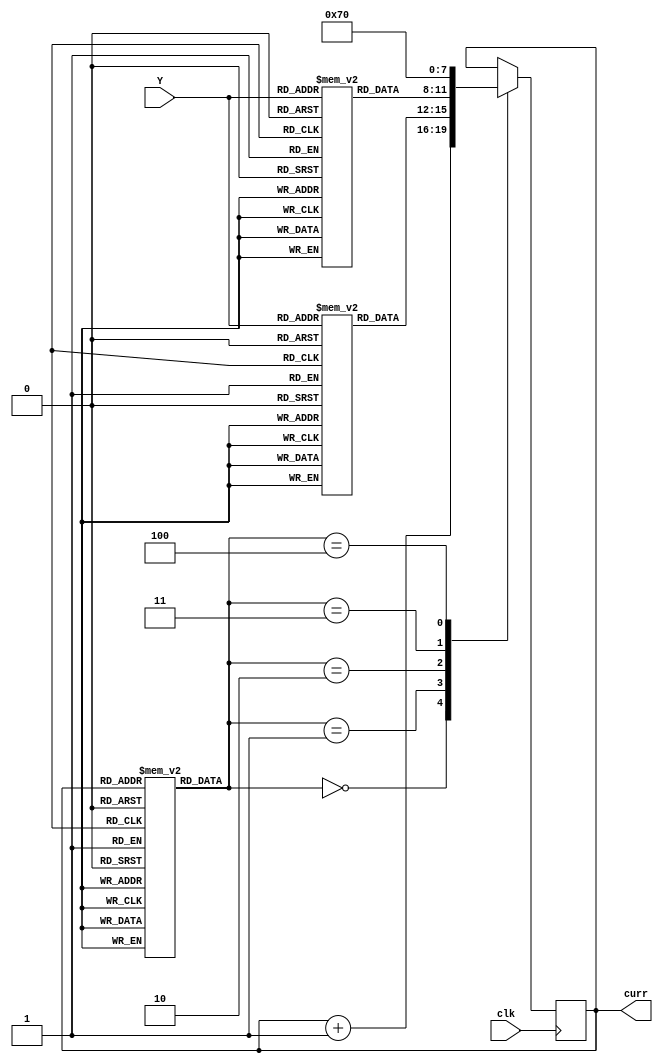

`define TICK #2

module fsm (clk, Y, curr);

   input clk;

   input [1:0] Y; // Y is the input

   output wire [3:0]curr; // curr shows the current state

   reg [3:0] states;

   reg [2:0] micro[12:0];
   reg [3:0] dis3[3:0];
   reg [3:0] dis10[3:0];

   wire [2:0] minstr;


   initial begin
      states = 0;// taking starting state as state 0

      //microcode ROM -- array with all the states corres. Micro Instruction.
      micro[0]=0;
      micro[1]=0;
      micro[2]=0;
      micro[3]=1;
      micro[4]=3;
      micro[5]=3;
      micro[6]=0;
      micro[7]=0;
      micro[8]=0;
      micro[9]=0;
      micro[10]=2;
      micro[11]=4;
      micro[12]=4;

      //Dispatch ROM array for current state = 3
      dis3[0]= 4'b0100; // input = 00  Next State = 4
      dis3[1]= 4'b0101; // input = 01  Next State = 5
      dis3[2]= 4'b0110; // input = 10  Next State = 6
      dis3[3]= 4'b0110; // input = 11  Next State = 6

      //Dispatch ROM array for current state = 10
      dis10[0]=4'b1011; // input = 00  Next State = 11
      dis10[1]=4'b1100; // input = 01  Next State = 12
      dis10[2]=4'b1100; // input = 10  Next State = 12
      dis10[3]=4'b1100; // input = 11  Next State = 12

   end


   assign minstr = micro[states]; //Micro Instruction for multiplexer
   assign curr = states; // current state getting update ech time states change


   always @(posedge clk)

      begin

      //State Selection multiplexer implementation
      case (minstr)
      //Increment
      0: begin
      states = `TICK states + 1;
      end

      // State = 3, update state based on Input x
      1: begin
      states = `TICK dis3[Y];
      end

      // State = 10, update state based on Input x
      2: begin
      states =`TICK  dis10[Y];
      end

      // For State = 4,5; update to next state to state 7
      3: begin
      states =`TICK  4'b0111;
      end

      // For State = 11,12; update to next state to state 0
      4: begin
      states = `TICK 4'b0000;
      end

      endcase

end

endmodule